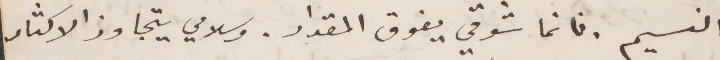
النسيم. فانما شوقي يفوق المقدار. وسلامي يتجاوز الاكثار